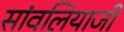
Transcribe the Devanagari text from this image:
सांवलियाजी